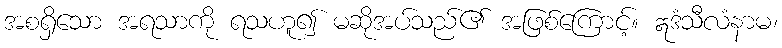
အစရှိသော အရသာကို ရသဟူ၍ မဆိုအပ်သည်၏ အဖြစ်ကြောင့်။ ဣဒံသီလံနာမ၊